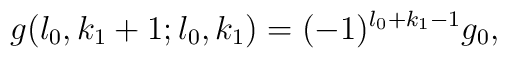
g(l_{0},k_{1}+1;l_{0},k_{1})= (-1)^{l_{0}+k_{1}-1} g_{0},